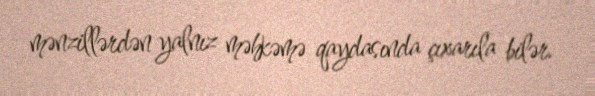
mənzillərdən yalnız məhkəmə qaydasında çıxarıla bilər.